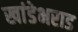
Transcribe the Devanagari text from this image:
खांडेभराड